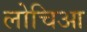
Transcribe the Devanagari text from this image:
लोचिआ